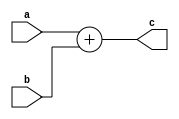
//==================================================================================================
//  Revision      : 0.1
//  Company       : Universidad Simn Bolvar
//
//  Description   : A simple 32-bits adder
//==================================================================================================

module antares_add (
                    input [31:0]  a,
                    input [31:0]  b,
                    output [31:0] c
                    );


    assign c = a + b;

endmodule // antares_add